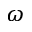
\omega